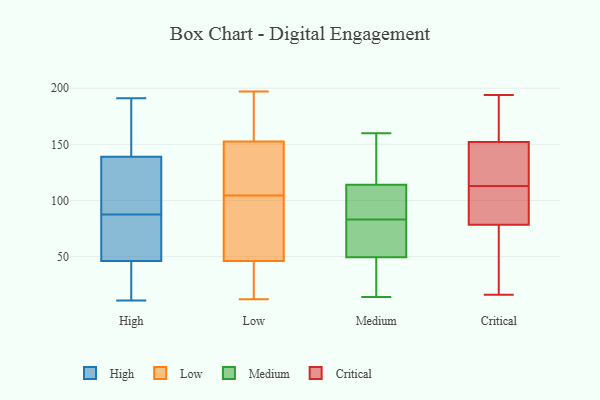
{"axis": {"x": "Humidity (%)", "y": "Value"}, "legend": ["Critical", "High", "Low", "Medium"], "data": [{"x": "", "y": 11, "type": "High"}, {"x": "", "y": 32, "type": "High"}, {"x": "", "y": 191, "type": "High"}, {"x": "", "y": 143, "type": "High"}, {"x": "", "y": 11, "type": "High"}, {"x": "", "y": 155, "type": "High"}, {"x": "", "y": 139, "type": "High"}, {"x": "", "y": 46, "type": "High"}, {"x": "", "y": 112, "type": "High"}, {"x": "", "y": 82, "type": "High"}, {"x": "", "y": 93, "type": "High"}, {"x": "", "y": 132, "type": "High"}, {"x": "", "y": 53, "type": "High"}, {"x": "", "y": 51, "type": "High"}, {"x": "", "y": 184, "type": "Low"}, {"x": "", "y": 150, "type": "Low"}, {"x": "", "y": 105, "type": "Low"}, {"x": "", "y": 60, "type": "Low"}, {"x": "", "y": 161, "type": "Low"}, {"x": "", "y": 96, "type": "Low"}, {"x": "", "y": 108, "type": "Low"}, {"x": "", "y": 16, "type": "Low"}, {"x": "", "y": 104, "type": "Low"}, {"x": "", "y": 155, "type": "Low"}, {"x": "", "y": 70, "type": "Low"}, {"x": "", "y": 45, "type": "Low"}, {"x": "", "y": 107, "type": "Low"}, {"x": "", "y": 26, "type": "Low"}, {"x": "", "y": 142, "type": "Low"}, {"x": "", "y": 47, "type": "Low"}, {"x": "", "y": 155, "type": "Low"}, {"x": "", "y": 12, "type": "Low"}, {"x": "", "y": 31, "type": "Low"}, {"x": "", "y": 197, "type": "Low"}, {"x": "", "y": 48, "type": "Medium"}, {"x": "", "y": 144, "type": "Medium"}, {"x": "", "y": 53, "type": "Medium"}, {"x": "", "y": 31, "type": "Medium"}, {"x": "", "y": 97, "type": "Medium"}, {"x": "", "y": 78, "type": "Medium"}, {"x": "", "y": 104, "type": "Medium"}, {"x": "", "y": 50, "type": "Medium"}, {"x": "", "y": 14, "type": "Medium"}, {"x": "", "y": 157, "type": "Medium"}, {"x": "", "y": 98, "type": "Medium"}, {"x": "", "y": 160, "type": "Medium"}, {"x": "", "y": 83, "type": "Medium"}, {"x": "", "y": 113, "type": "Critical"}, {"x": "", "y": 190, "type": "Critical"}, {"x": "", "y": 194, "type": "Critical"}, {"x": "", "y": 59, "type": "Critical"}, {"x": "", "y": 188, "type": "Critical"}, {"x": "", "y": 16, "type": "Critical"}, {"x": "", "y": 140, "type": "Critical"}, {"x": "", "y": 43, "type": "Critical"}, {"x": "", "y": 125, "type": "Critical"}, {"x": "", "y": 101, "type": "Critical"}, {"x": "", "y": 87, "type": "Critical"}, {"x": "", "y": 116, "type": "Critical"}, {"x": "", "y": 85, "type": "Critical"}]}